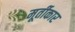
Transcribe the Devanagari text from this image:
मूर्तीकार